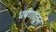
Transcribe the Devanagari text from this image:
घर्षणातून